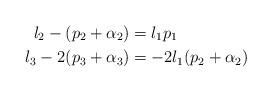
LaTeX: \begin{align*}l_2 - (p_2 + \alpha_2) &= l_1p_1\\l_3 - 2(p_3 + \alpha_3) &= -2l_1(p_2 + \alpha_2)\end{align*}